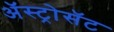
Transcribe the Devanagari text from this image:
अॅस्ट्रोसॅट